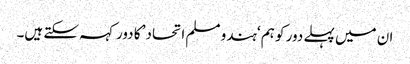
ان میں پہلے دور کو ہم ‘ہندو مسلم اتحاد’ کا دور کہہ سکتے ہیں۔